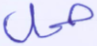
حمل